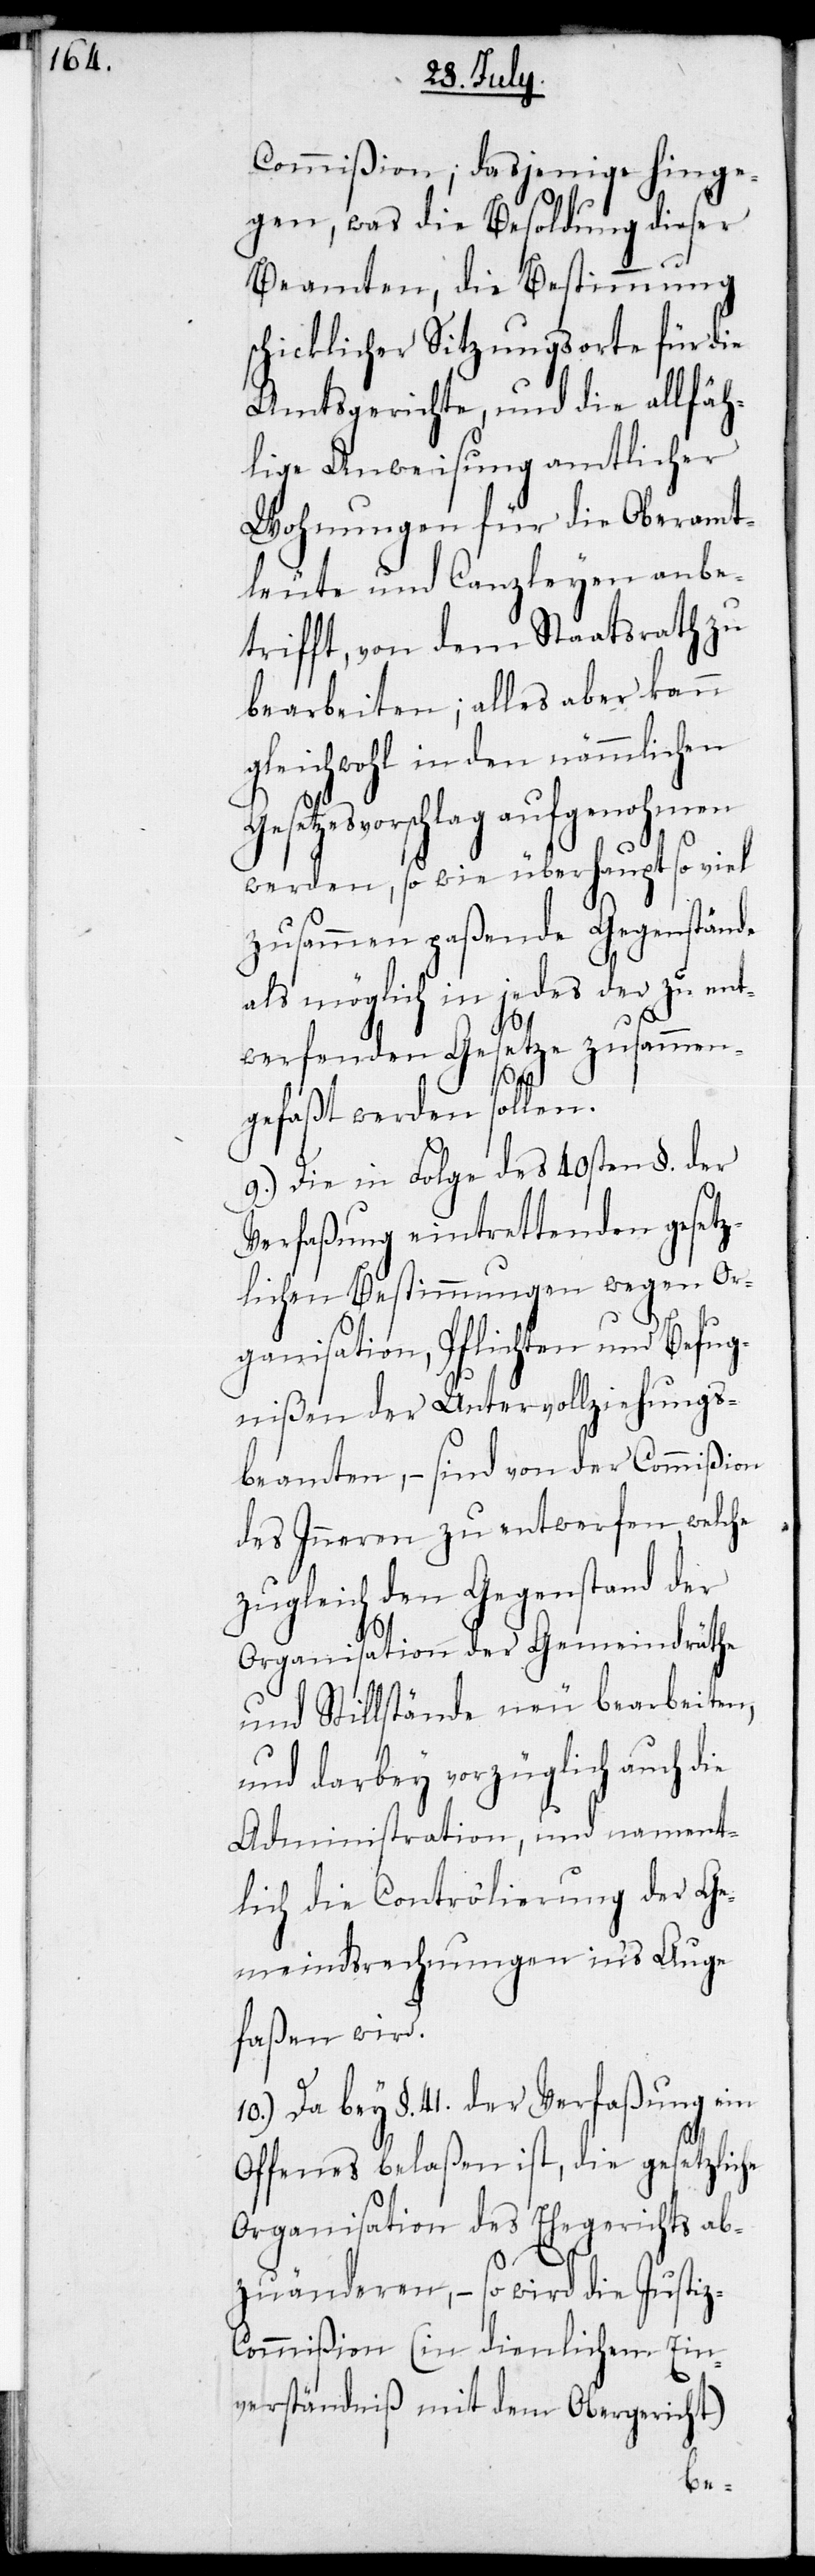
Commißion; dasjenige hinge¬
gen, was die Besoldung dieser
Beamten, die Bestimmung
schicklicher Sitzungsorte für die
Amtsgerichte, und die allfäh¬
lige Anweisung amtlicher
Wohnungen für die Oberamt¬
leute und Canzleyen anbe¬
trifft, von dem Staatsrath zu
bearbeiten; alles aber kann
gleichwohl in den nämmlichen
Gesetzesvorschlag aufgenohmen
werden, so wie überhaupt so viel
zusammen paßende Gegenstände
als möglich in jedes der zu ent¬
werfenden Gesetze zusammen¬
z-C¬
gefaßt werden sollen.
9.) Die in Folge des 40sten §. der
Verfaßung eintrettenden gesetz¬
lichen Bestimmungen wegen Or¬
ganisation, Pflichten und Befug¬
nißen der Untervollziehungs¬
beamten, – sind von der Commißion
des Inneren zu entwerfen, welche
zugleich den Gegenstand der
Organisation der Gemeindräthe
und Stillstände neu bearbeiten,
und darbey vorzüglich auch die
Administration, und nament¬
lich die Controlierung der Ge¬
meindsrechnungen in’s Auge
faßen wird.
10.) Da bey §. 41. der Verfaßung ein
Offenes belaßen ist, die gesetzliche
Organisation des Ehegerichts ab¬
zuänderen, – so wird die Justi¬
ommißion (in dienlichem Ein¬
verständniß mit dem Obergericht)